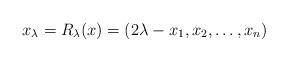
LaTeX: \begin{align*}x_\lambda= R_\lambda(x)=(2\lambda-x_1,x_2,\ldots,x_n)\end{align*}